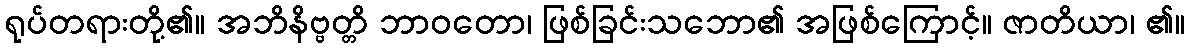
ရုပ်တရားတို့၏။ အဘိနိဗ္ဗတ္တိ ဘာဝတော၊ ဖြစ်ခြင်းသဘော၏ အဖြစ်ကြောင့်။ ဇာတိယာ၊ ၏။